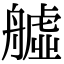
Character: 𦪡